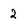
Character: 2